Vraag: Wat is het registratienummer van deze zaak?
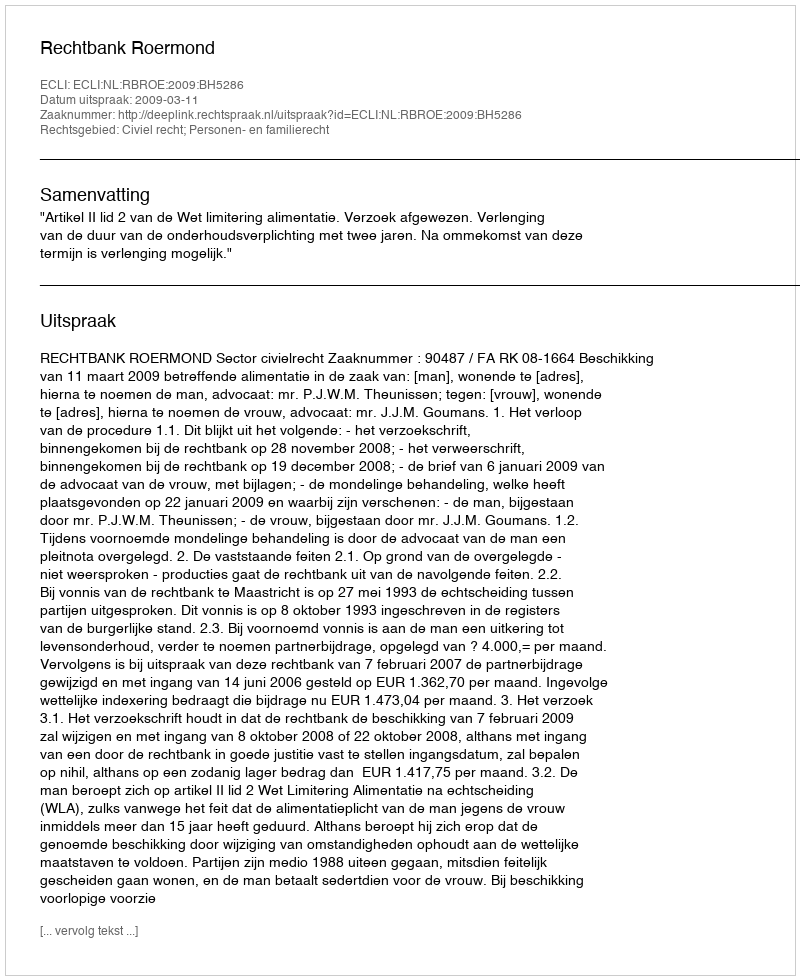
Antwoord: http://deeplink.rechtspraak.nl/uitspraak?id=ECLI:NL:RBROE:2009:BH5286